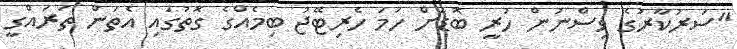
"ސަރުކާރުގެ ވިސްނުން ހުރީ ބޮޑަށް ހަމަ ހެރިޓޭޖު ބިމެއްގެ ގޮތުގައި އެތަން ތަރައްގީ